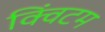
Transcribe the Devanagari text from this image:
क्विंटम